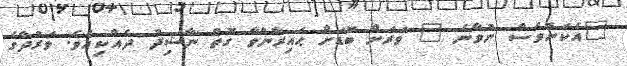
"އެކަންވެސް ނުވާނެ " ވަރަށް ބޮޑަށް ޙައިރާންވާ ގޮތް ނާޝިދު ދެއްކިއެވެ. ވަރުދާގެ